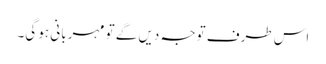
اس طرف توجہ دیں گے تو مہربانی ہو گی۔